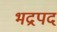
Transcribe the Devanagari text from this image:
भद्रपद